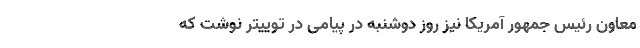
معاون رئیس جمهور آمریکا نیز روز دوشنبه در پیامی در توییتر نوشت که